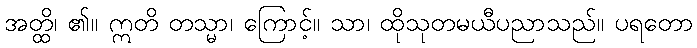
အတ္ထိ၊ ၏။ ဣတိ တသ္မာ၊ ကြောင့်။ သာ၊ ထိုသုတမယီပညာသည်။ ပရတော